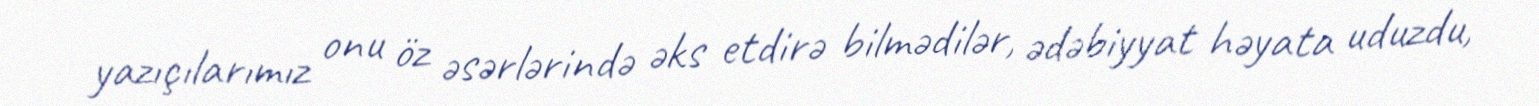
yazıçılarımız onu öz əsərlərində əks etdirə bilmədilər, ədəbiyyat həyata uduzdu,